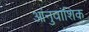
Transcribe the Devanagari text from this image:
आंनुवांशिक